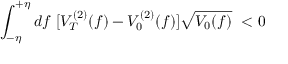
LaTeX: \int _ { - \eta } ^ { + \eta } d f ~ [ V _ { T } ^ { ( 2 ) } ( f ) - V _ { 0 } ^ { ( 2 ) } ( f ) ] \sqrt { V _ { 0 } ( f ) } ~ < 0